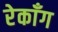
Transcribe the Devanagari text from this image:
रेकाँग